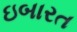
ઇબારત